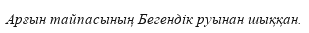
Арғын тайпасының Бегендік руынан шыққан.